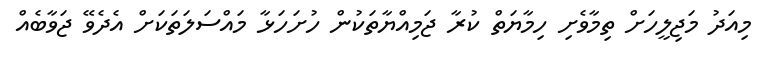
މިއަދު މަޖިލީހަށް ތިމާވެށި ހިމާޔަތް ކުރާ ޖަމިއްޔާތަކުން ހުށަހަޅާ މައްސަލަތަކަށް އެދެވޭ ޖަވާބެއް